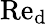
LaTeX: \textup{Re}_{\textup{d}}